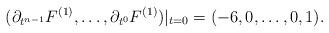
LaTeX: \begin{align*}(\partial_{t^{n-1}}F^{(1)},\dots,\partial_{t^{0}}F^{(1)})|_{t=0}=(-6,0,\dots,0,1).\end{align*}